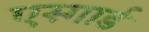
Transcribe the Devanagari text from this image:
एस्गार्ड